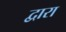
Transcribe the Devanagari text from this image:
द्वारा